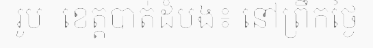
រូប...ខេត្តបាត់ដំបង៖ នៅព្រឹកថ្ងៃ